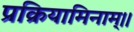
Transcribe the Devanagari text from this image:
प्रक्रियामिनाम्।।